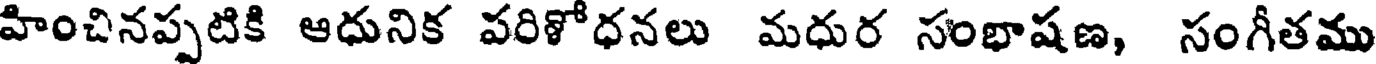
హించినప్పటికి ఆధునిక పరిశోధనలు మధుర సంభాషణ, సంగీతము